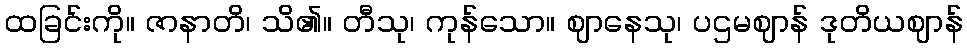
ထခြင်းကို။ ဇာနာတိ၊ သိ၏။ တီသု၊ ကုန်သော။ ဈာနေသု၊ ပဌမဈာန် ဒုတိယဈာန်